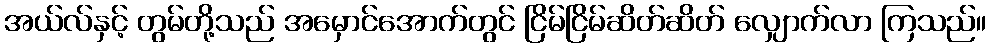
အယ်လ်နှင့် တွမ်တို့သည် အမှောင်အောက်တွင် ငြိမ်ငြိမ်ဆိတ်ဆိတ် လျှောက်လာ ကြသည်။